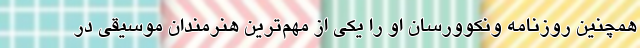
همچنین روزنامه ونکوورسان او را یکی از مهم‌ترین هنرمندان موسیقی در